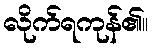
လိုက်ရကုန်၏။